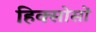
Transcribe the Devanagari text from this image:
हिक्सोसों